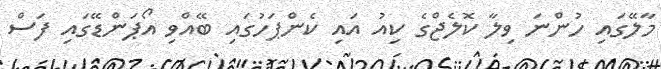
މާލޭގައި ހުންނަ ވިލާ ކޮލެޖްގެ ކިއު އައި ކެންޕަހުގައި ބޭއްވި އޯޕަންޑޭގައި ފަސް